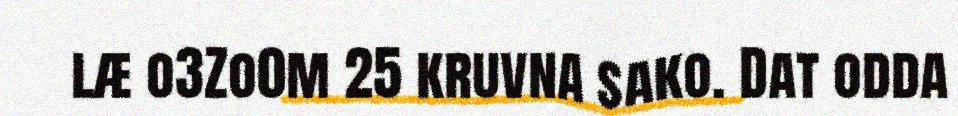
læ o3Zo0m 25 kruvna sako. Dat odda